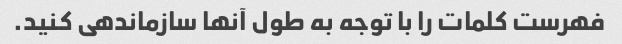
فهرست کلمات را با توجه به طول آنها سازماندهی کنید.